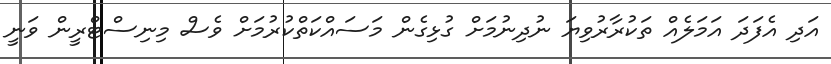
އަދި އެފަދަ އަމަލެއް ތަކުރާރުވިޔަ ނުދިނުމަށް ގުޅިގެން މަސައްކަތްކުރުމަށް ވެސް މިނިސްޓްރީން ވަނީ